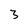
Character: 3